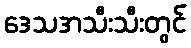
ဒေသအသီးသီးတွင်